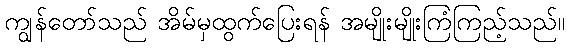
ကျွန်တော်သည် အိမ်မှထွက်ပြေးရန် အမျိုးမျိုးကြံကြည့်သည်။